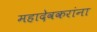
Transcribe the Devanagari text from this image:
महादेवकरांना